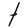
Character: t